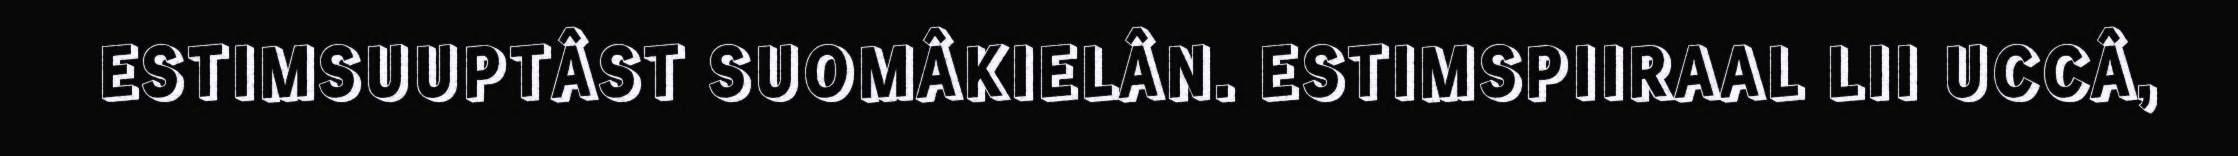
ESTIMSUUPTÂST SUOMÂKIELÂN. ESTIMSPIIRAAL LII UCCÂ,